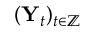
( \mathbf { Y } _ { t } ) _ { t \in \mathbb { Z } }